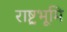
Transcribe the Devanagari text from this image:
राष्ट्रभूमि